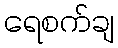
ရေစက်ချ